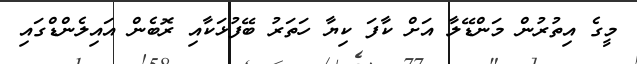
މީގެ އިތުރުން މަންޑޭލާ އަށް ކާފަ ކިޔާ ހަތަރު ބޭފުޅަކާއި ރޮބެން އައިލެންޑްގައި